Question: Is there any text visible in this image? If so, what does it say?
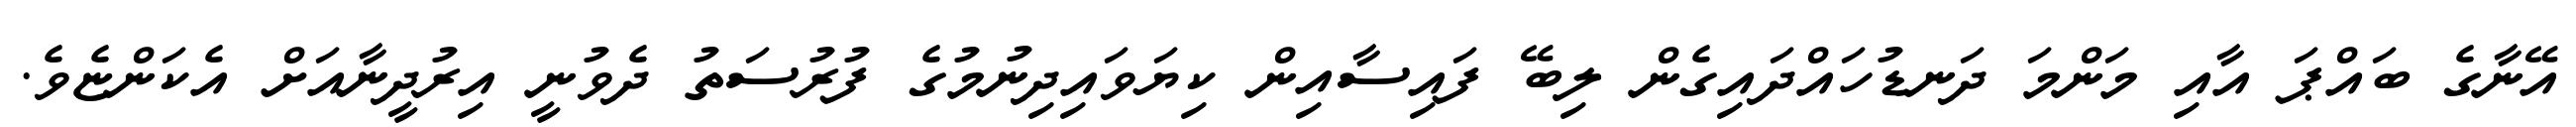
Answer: އޭނާގެ ބައްޕަ އާއި މަންމަ ދަނޑުހައްދައިގެން ލިބޭ ފައިސާއިން ކިޔަވައިދިނުމުގެ ފުރުސަތު ދެވުނީ އިރުދީނާއަށް އެކަންޏެވެ.